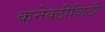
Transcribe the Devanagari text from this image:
कनेक्टीव्हिटी